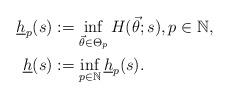
LaTeX: \begin{align*}\underline{h}_{p}(s) & :=\inf_{\vec{\theta}\in\Theta_{p}} H(\vec{\theta};s),p\in\mathbb{N},\\\underline{h}(s) & :=\inf_{p\in\mathbb{N}} \underline{h}_{p}(s).\end{align*}